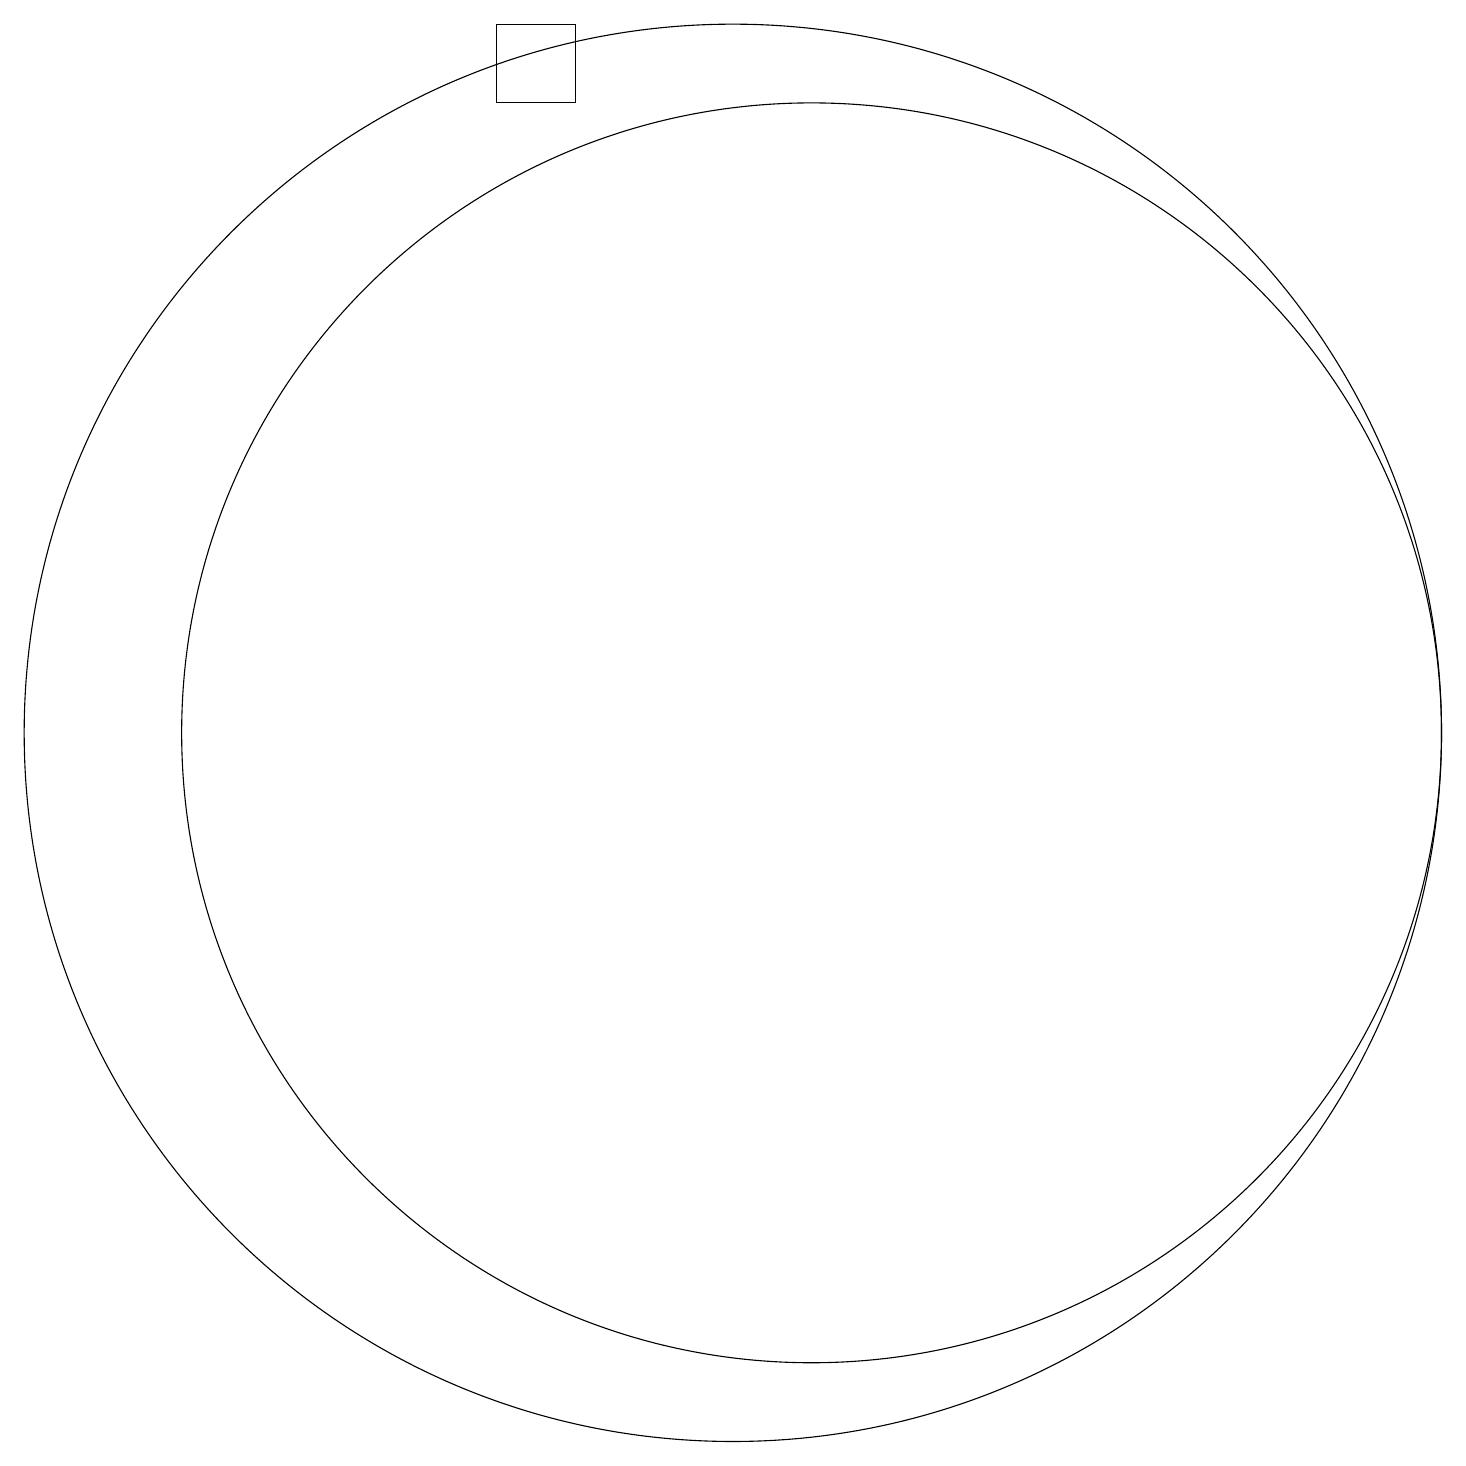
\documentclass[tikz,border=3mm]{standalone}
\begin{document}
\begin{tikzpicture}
\draw (8,19) rectangle (7,18);
\draw (10,10) circle (9);
\draw (11,10) circle (8);
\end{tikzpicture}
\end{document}